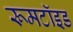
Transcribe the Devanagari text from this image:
रूमटॉइड